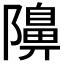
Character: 𮥭